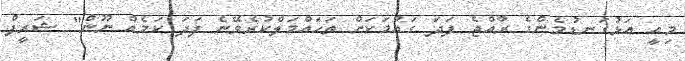
މިއީ އަޅުގަނޑުމެންގެ ރާއްޖެ ފަދަ ގައުމަކަށް ތަހައްމަލްކުރެވޭނެ ފަދަ ކަމެއް ނޫން" ޝަރީފް